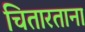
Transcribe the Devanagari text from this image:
चितारताना